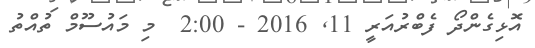
އޮޅިގެންދޯ ފެބްރުއަރީ 11